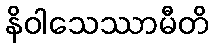
နိဝါသေဿာမီတိ